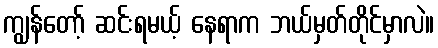
ကျွန်တော့် ဆင်းရမယ့် နေရာက ဘယ်မှတ်တိုင်မှာလဲ။